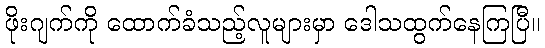
ဖိုးဂျက်ကို ထောက်ခံသည့်လူများမှာ ဒေါသထွက်နေကြပြီ။